Mental hospitals Bombay report 1921-28 - 1921-1928
Year: 1921
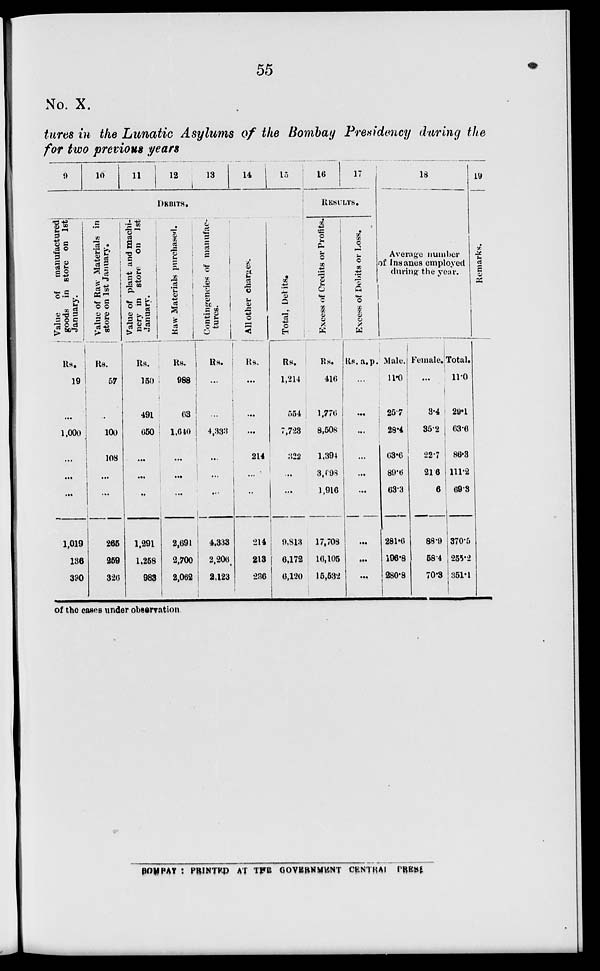
55
No. X.
tures in the Lunatic Asylums of the Bombay Presidency during the
for two previous years
9
10
11
12
13
14
15
DEBITS.
Value of
manufactured
goods in store on 1st
January.
Rs.
19
...
1,000
...
...
...
1,019
136
390
Value of Raw Materials in
store on 1st January.
Rs.
57
100
108
...
...
265
259
326
Value of plant and machi.
nery in store on 1st
January.
Rs.
150
491
650
...
...
...
1,291
1,258
983
Raw Materials purchased.
Rs.
988
63
1,640
...
...
...
2,691
2,700
2,062
Contingencies of manufac-
tures.
Rs.
...
...
4,333
...
...
...
4,333
2,206
2,123
All other charges.
Rs.
...
...
...
214
...
...
214
213
236
Total, Debits.
Rs.
1,214
554
7,723
322
...
...
9,813
6,172
6,120
16
17
RESULTS.
Excess of Credits or Profits.
Rs.
416
1,776
8,508
1,394
3,698
1,916
17,708
16,105
15,532
Excess of Debits or Loss.
Rs. a. p.
...
...
...
...
...
...
...
...
...
18
Average number
of Insanes employed
during the year.
Male.
11.0
25.7
28.4
63.6
89.6
63.3
281.6
196.8
280.8
Female.
...
3.4
35.2
22.7
21.6
6
88.9
58.4
70.3
Total.
11.0
29.1
63.6
86.3
111.2
69.3
370.5
255.2
351.1
19
Remarks.
of the cases under observation
BOMBAY : PRINTED AT THE GOVERNMENT CENTRAL PRESS